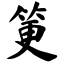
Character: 筻